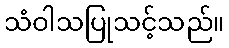
သံဝါသပြုသင့်သည်။